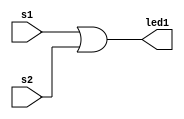
module my_and(s1,s2,led1);
input s1; // Location: PIN_88, I/O Standard: 3.3-V LVTTL, Current Strength: 8mA
input s2; // Location: PIN_89, I/O Standard: 3.3-V LVTTL, Current Strength: 8mA
output led1; // Location: PIN_87, I/O Standard: 3.3-V LVTTL, Current Strength: 8mA
assign led1 = s1 | s2;
endmodule